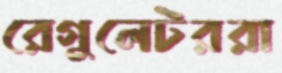
রেগুলেটররা